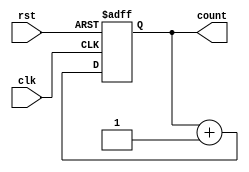
`timescale 1ns / 1ps
//////////////////////////////////////////////////////////////////////////////////
// Company: 
// Engineer: 
// 
// Design Name: 
// Module Name: count32_asy
// Project Name: 
// Target Devices: 
// Tool Versions: 
// Description: 
// 
// Dependencies: 
// 
// Revision:
// Revision 0.01 - File Created
// Additional Comments:
// 
//////////////////////////////////////////////////////////////////////////////////



module count32_asy(clk,rst,count);
input clk,rst;
output reg [31:0] count;
always@(posedge clk or posedge rst)
begin
if(rst)
count = 32'b0;
else
count = count + 1;
end
endmodule